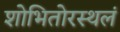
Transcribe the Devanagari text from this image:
शोभितोरस्थलं